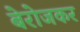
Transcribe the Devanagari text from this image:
बेरोजकर